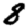
Digit: 8